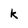
Character: k